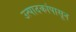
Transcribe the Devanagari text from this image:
उत्पादकांपासून